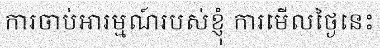
ការចាប់អារម្មណ៍របស់ខ្ញុំ ការមើលថ្ងៃនេះ